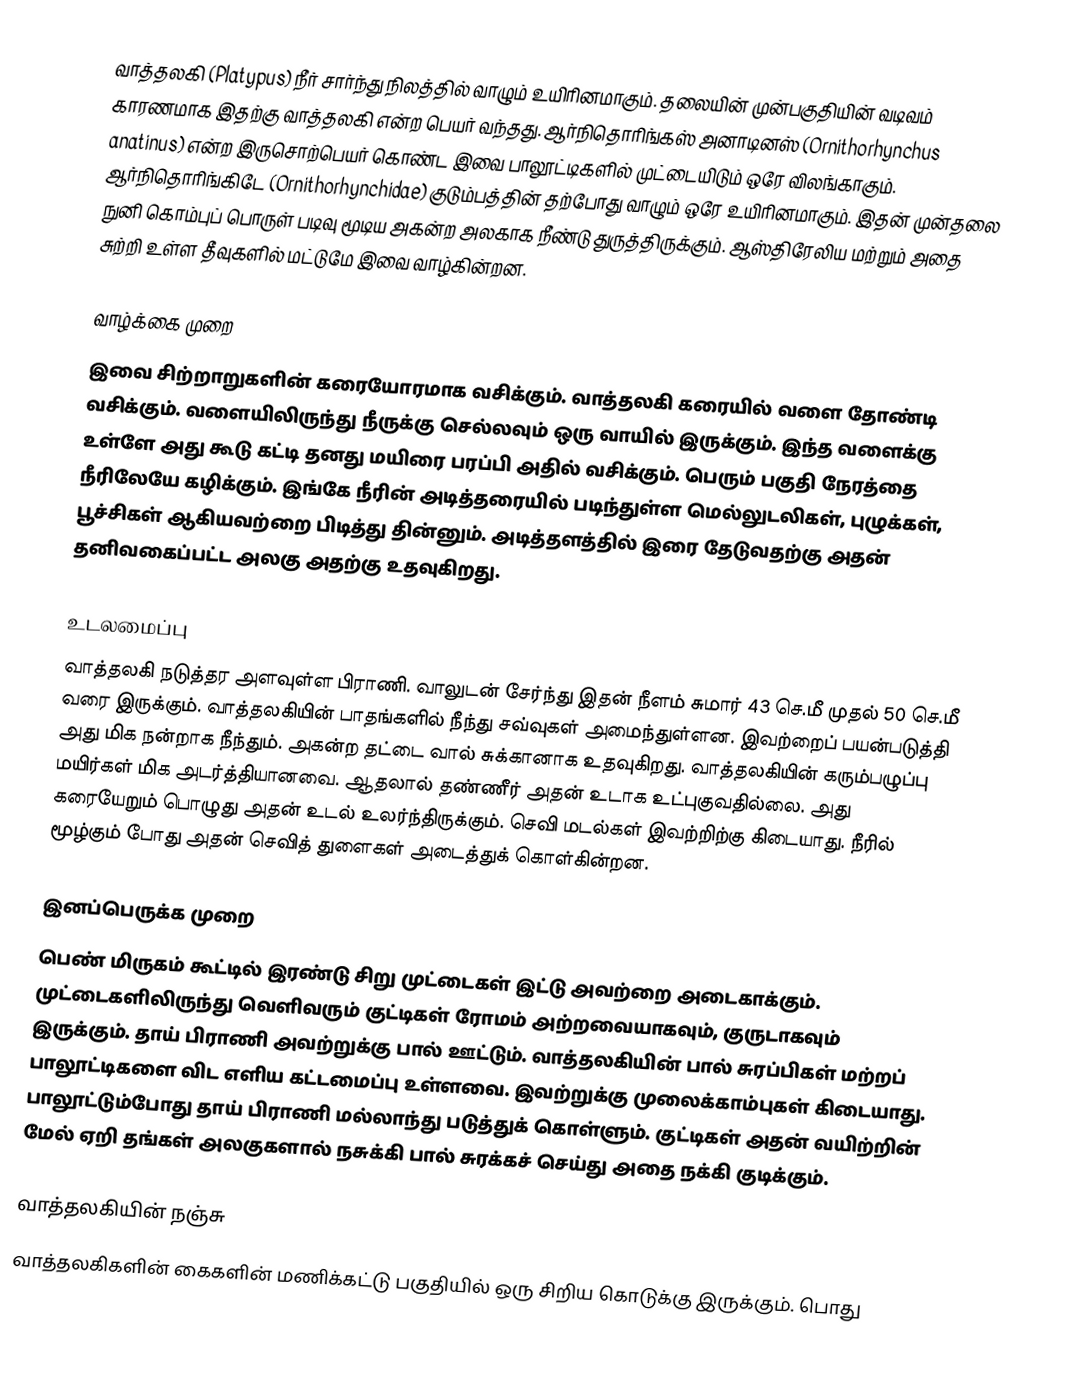
வாத்தலகி (Platypus) நீர் சார்ந்து நிலத்தில் வாழும் உயிரினமாகும். தலையின் முன்பகுதியின் வடிவம் காரணமாக இதற்கு வாத்தலகி என்ற பெயர் வந்தது. ஆர்நிதொரிங்கஸ் அனாடினஸ் (Ornithorhynchus anatinus) என்ற இருசொற்பெயர் கொண்ட இவை பாலூட்டிகளில் முட்டையிடும் ஒரே விலங்காகும். ஆர்நிதொரிங்கிடே (Ornithorhynchidae) குடும்பத்தின் தற்போது வாழும் ஒரே உயிரினமாகும். இதன் முன்தலை நுனி கொம்புப் பொருள் படிவு மூடிய அகன்ற அலகாக நீண்டு துருத்திருக்கும். ஆஸ்திரேலிய மற்றும் அதை சுற்றி உள்ள தீவுகளில் மட்டுமே இவை வாழ்கின்றன.

வாழ்க்கை முறை
இவை சிற்றாறுகளின் கரையோரமாக வசிக்கும். வாத்தலகி கரையில் வளை தோண்டி வசிக்கும். வளையிலிருந்து நீருக்கு செல்லவும் ஒரு வாயில் இருக்கும். இந்த வளைக்கு உள்ளே அது கூடு கட்டி தனது மயிரை பரப்பி அதில் வசிக்கும். பெரும் பகுதி நேரத்தை நீரிலேயே கழிக்கும். இங்கே நீரின் அடித்தரையில் படிந்துள்ள மெல்லுடலிகள், புழுக்கள், பூச்சிகள் ஆகியவற்றை பிடித்து தின்னும். அடித்தளத்தில் இரை தேடுவதற்கு அதன் தனிவகைப்பட்ட அலகு அதற்கு உதவுகிறது.

உடலமைப்பு
வாத்தலகி நடுத்தர அளவுள்ள பிராணி. வாலுடன் சேர்ந்து இதன் நீளம் சுமார் 43 செ.மீ முதல் 50 செ.மீ வரை இருக்கும். வாத்தலகியின் பாதங்களில் நீந்து சவ்வுகள் அமைந்துள்ளன. இவற்றைப் பயன்படுத்தி அது மிக நன்றாக நீந்தும். அகன்ற தட்டை வால் சுக்கானாக உதவுகிறது. வாத்தலகியின் கரும்பழுப்பு மயிர்கள் மிக அடர்த்தியானவை. ஆதலால் தண்ணீர் அதன் உடாக உட்புகுவதில்லை. அது கரையேறும் பொழுது அதன் உடல் உலர்ந்திருக்கும். செவி மடல்கள் இவற்றிற்கு கிடையாது. நீரில் மூழ்கும் போது அதன் செவித் துளைகள் அடைத்துக் கொள்கின்றன.

இனப்பெருக்க முறை
பெண் மிருகம் கூட்டில் இரண்டு சிறு முட்டைகள் இட்டு அவற்றை அடைகாக்கும். முட்டைகளிலிருந்து வெளிவரும் குட்டிகள் ரோமம் அற்றவையாகவும், குருடாகவும் இருக்கும். தாய் பிராணி அவற்றுக்கு பால் ஊட்டும். வாத்தலகியின் பால் சுரப்பிகள் மற்றப் பாலூட்டிகளை விட எளிய கட்டமைப்பு உள்ளவை. இவற்றுக்கு முலைக்காம்புகள் கிடையாது. பாலூட்டும்போது தாய் பிராணி மல்லாந்து படுத்துக் கொள்ளும். குட்டிகள் அதன் வயிற்றின் மேல் ஏறி தங்கள் அலகுகளால் நசுக்கி பால் சுரக்கச் செய்து அதை நக்கி குடிக்கும்.

வாத்தலகியின் நஞ்சு
வாத்தலகிகளின் கைகளின் மணிக்கட்டு பகுதியில் ஒரு சிறிய கொடுக்கு இருக்கும். பொது